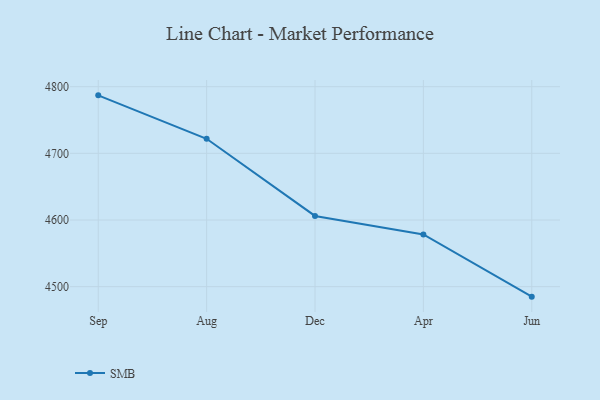
{"axis": {"x": "Month", "y": "Shipments"}, "legend": ["SMB"], "data": [{"x": "Sep", "y": 4787.0, "type": "SMB"}, {"x": "Aug", "y": 4721.8, "type": "SMB"}, {"x": "Dec", "y": 4606.1, "type": "SMB"}, {"x": "Apr", "y": 4578.4, "type": "SMB"}, {"x": "Jun", "y": 4485.0, "type": "SMB"}]}